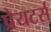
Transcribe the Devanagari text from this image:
प्रेयटर्स